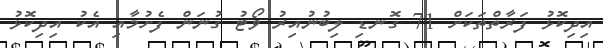
އިދިކޮޅު ފަރާތްތަކަށް 71 ގޮނޑި ލިބުނުއިރު ވޯޓު ގުނަން ފެށުމާއި އެކު އިދިކޮޅު